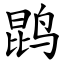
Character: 鹍